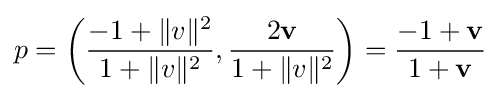
p=\left({\frac {-1+\|v\|^{2}}{1+\|v\|^{2}}},{\frac {2\mathbf {v} }{1+\|v\|^{2}}}\right)={\frac {-1+\mathbf {v} }{1+\mathbf {v} }}